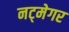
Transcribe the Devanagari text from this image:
नट्मेगर